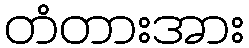
တံတားအား